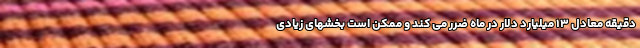
دقیقه معادل ۱۳ میلیارد دلار در ماه ضرر می کند و ممکن است بخشهای زیادی